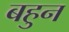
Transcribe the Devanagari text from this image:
बहुन